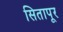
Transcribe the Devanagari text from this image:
सितापूर